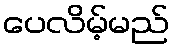
ပေလိမ့်မည်